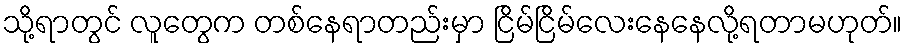
သို့ရာတွင် လူတွေက တစ်နေရာတည်းမှာ ငြိမ်ငြိမ်လေးနေနေလို့ရတာမဟုတ်။